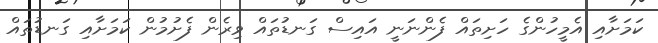
ކަމަށާއި އެމީހުންގެ ހަށިތައް ފެންނަނީ އައިސް ގަނޑުތައް ވިރެން ފެށުމުން ކަމަށާއި ގަނޑުތައް